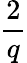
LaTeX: \frac{2}{q}